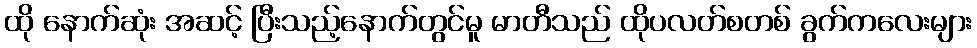
ထို နောက်ဆုံး အဆင့် ပြီးသည့်နောက်တွင်မူ မာတီသည် ထိုပလတ်စတစ် ခွက်ကလေးများ